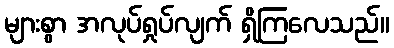
များစွာ အလုပ်ရှုပ်လျက် ရှိကြလေသည်။